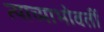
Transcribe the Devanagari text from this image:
त्याच्याभोवतीं